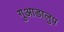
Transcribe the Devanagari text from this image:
गुआडालुप